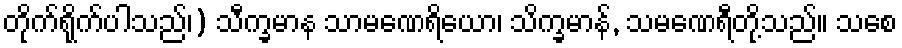
တိုက်ရိုက်ပါသည်၊) သီက္ခမာန သာမဏေရိယော၊ သိက္ခမာန်, သမဏေရီတို့သည်။ သစေ